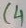
Text: C4